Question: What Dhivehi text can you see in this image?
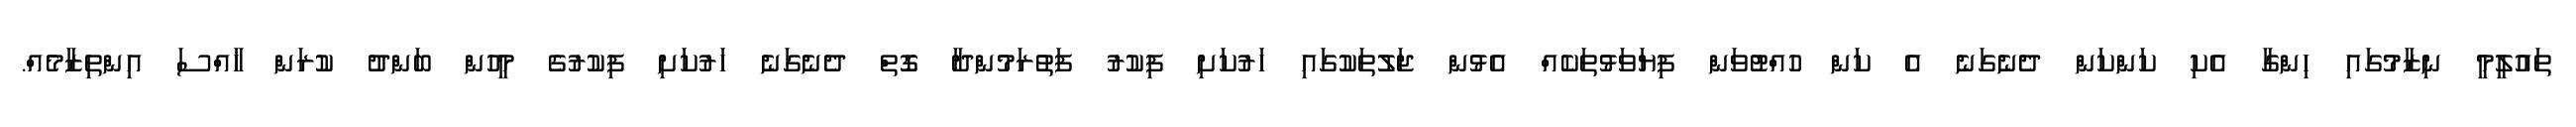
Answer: ތައުލީމީ ނިޒާމުގައި ހިންގާ އެކި ކަންކަން ދެނެގަނެ އެ ކަން ހުއްޓުވަން ފިޔަވަޅުތަކެއް އެޅުން ޖަލުތަކުގައި ހަރުކަށި ފިކުރު ފަތުރަމުންދާ ގޮތް ދެނެގަނެ ހަރުކަށި ފިކުރުގެ މީހުން ބަންދު ކުރަން ޚާއްސަ އިންތިޒާމެއް.